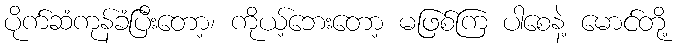
ပိုက်ဆံကုန်ခံပြီးတော့၊ ကိုယ့်ဘေးတော့ မဖြစ်ကြ ပါစေနဲ့ မောင်တို့